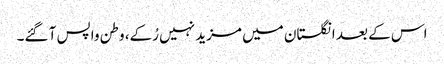
اس کے بعد انگلستان میں مزید نہیں رُکے، وطن واپس آ گئے۔